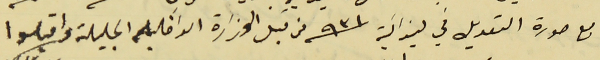
مع صورة التعديل في ميزانية سنة ٩٣١ من قبل الوزارة الداخيله الجليلة واقبلوا